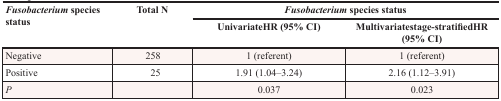
<table><thead><tr><td rowspan="2"><b><i>Fusobacterium</i> species status</b></td><td rowspan="2"><b>Total N</b></td><td colspan="2"><b><i>Fusobacterium</i> species status</b></td></tr><tr><td><b>UnivariateHR (95% CI)</b></td><td><b>Multivariatestage-stratifiedHR (95% CI)</b></td></tr></thead><tbody><tr><td>Negative</td><td>258</td><td>1 (referent)</td><td>1 (referent)</td></tr><tr><td>Positive</td><td>25</td><td>1.91 (1.04–3.24)</td><td>2.16 (1.12–3.91)</td></tr><tr><td><i>P</i></td><td></td><td>0.037</td><td>0.023</td></tr></tbody></table>